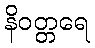
နိဝတ္တရေ